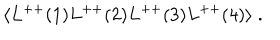
\langle L ^ { + + } ( 1 ) L ^ { + + } ( 2 ) L ^ { + + } ( 3 ) L ^ { + + } ( 4 ) \rangle \; .